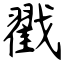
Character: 戳